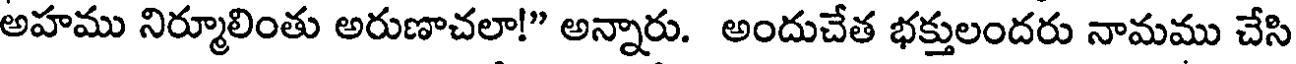
అహము నిర్మూలింతు అరుణాచలా!" అన్నారు. అందుచేత భక్తులందరు నామము చేసి